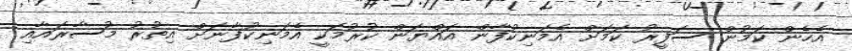
އެހެން ކަމުން ސަފީރު ކަަމަށް އެމަނިކުފާން އައްޔަން ކުރުމަކީ އެމަނިކުފާނަށް އިތުރު މުސާރައާއި